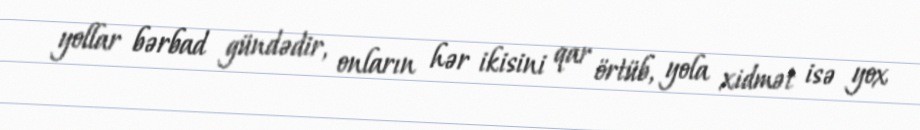
yollar bərbad gündədir, onların hər ikisini qar örtüb, yola xidmət isə yox